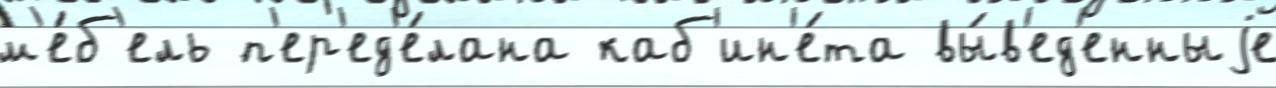
м'е́б'ель п'ер'ед'е́лана каб'ин'е́та вы́в'ед'енныjе